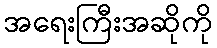
အရေးကြီးအဆိုကို